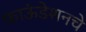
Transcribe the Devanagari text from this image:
फाऊंडेशनचे